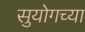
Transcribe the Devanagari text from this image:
सुयोगच्या